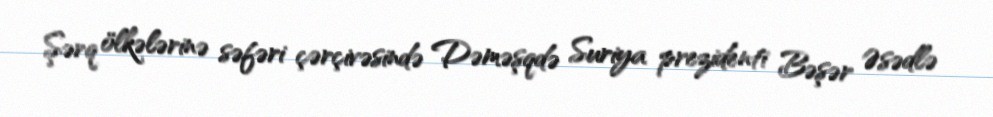
Şərq ölkələrinə səfəri çərçivəsində Dəməşqdə Suriya prezidenti Bəşər Əsədlə